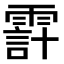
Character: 𩄊